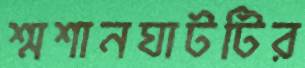
শ্মশানঘাটটির